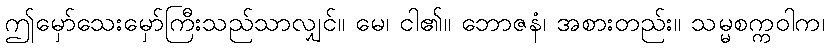
ဤမှော်သေးမှော်ကြီးသည်သာလျှင်။ မေ၊ ငါ၏။ ဘောဇနံ၊ အစားတည်း။ သမ္မစက္ကဝါက၊